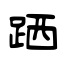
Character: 跴